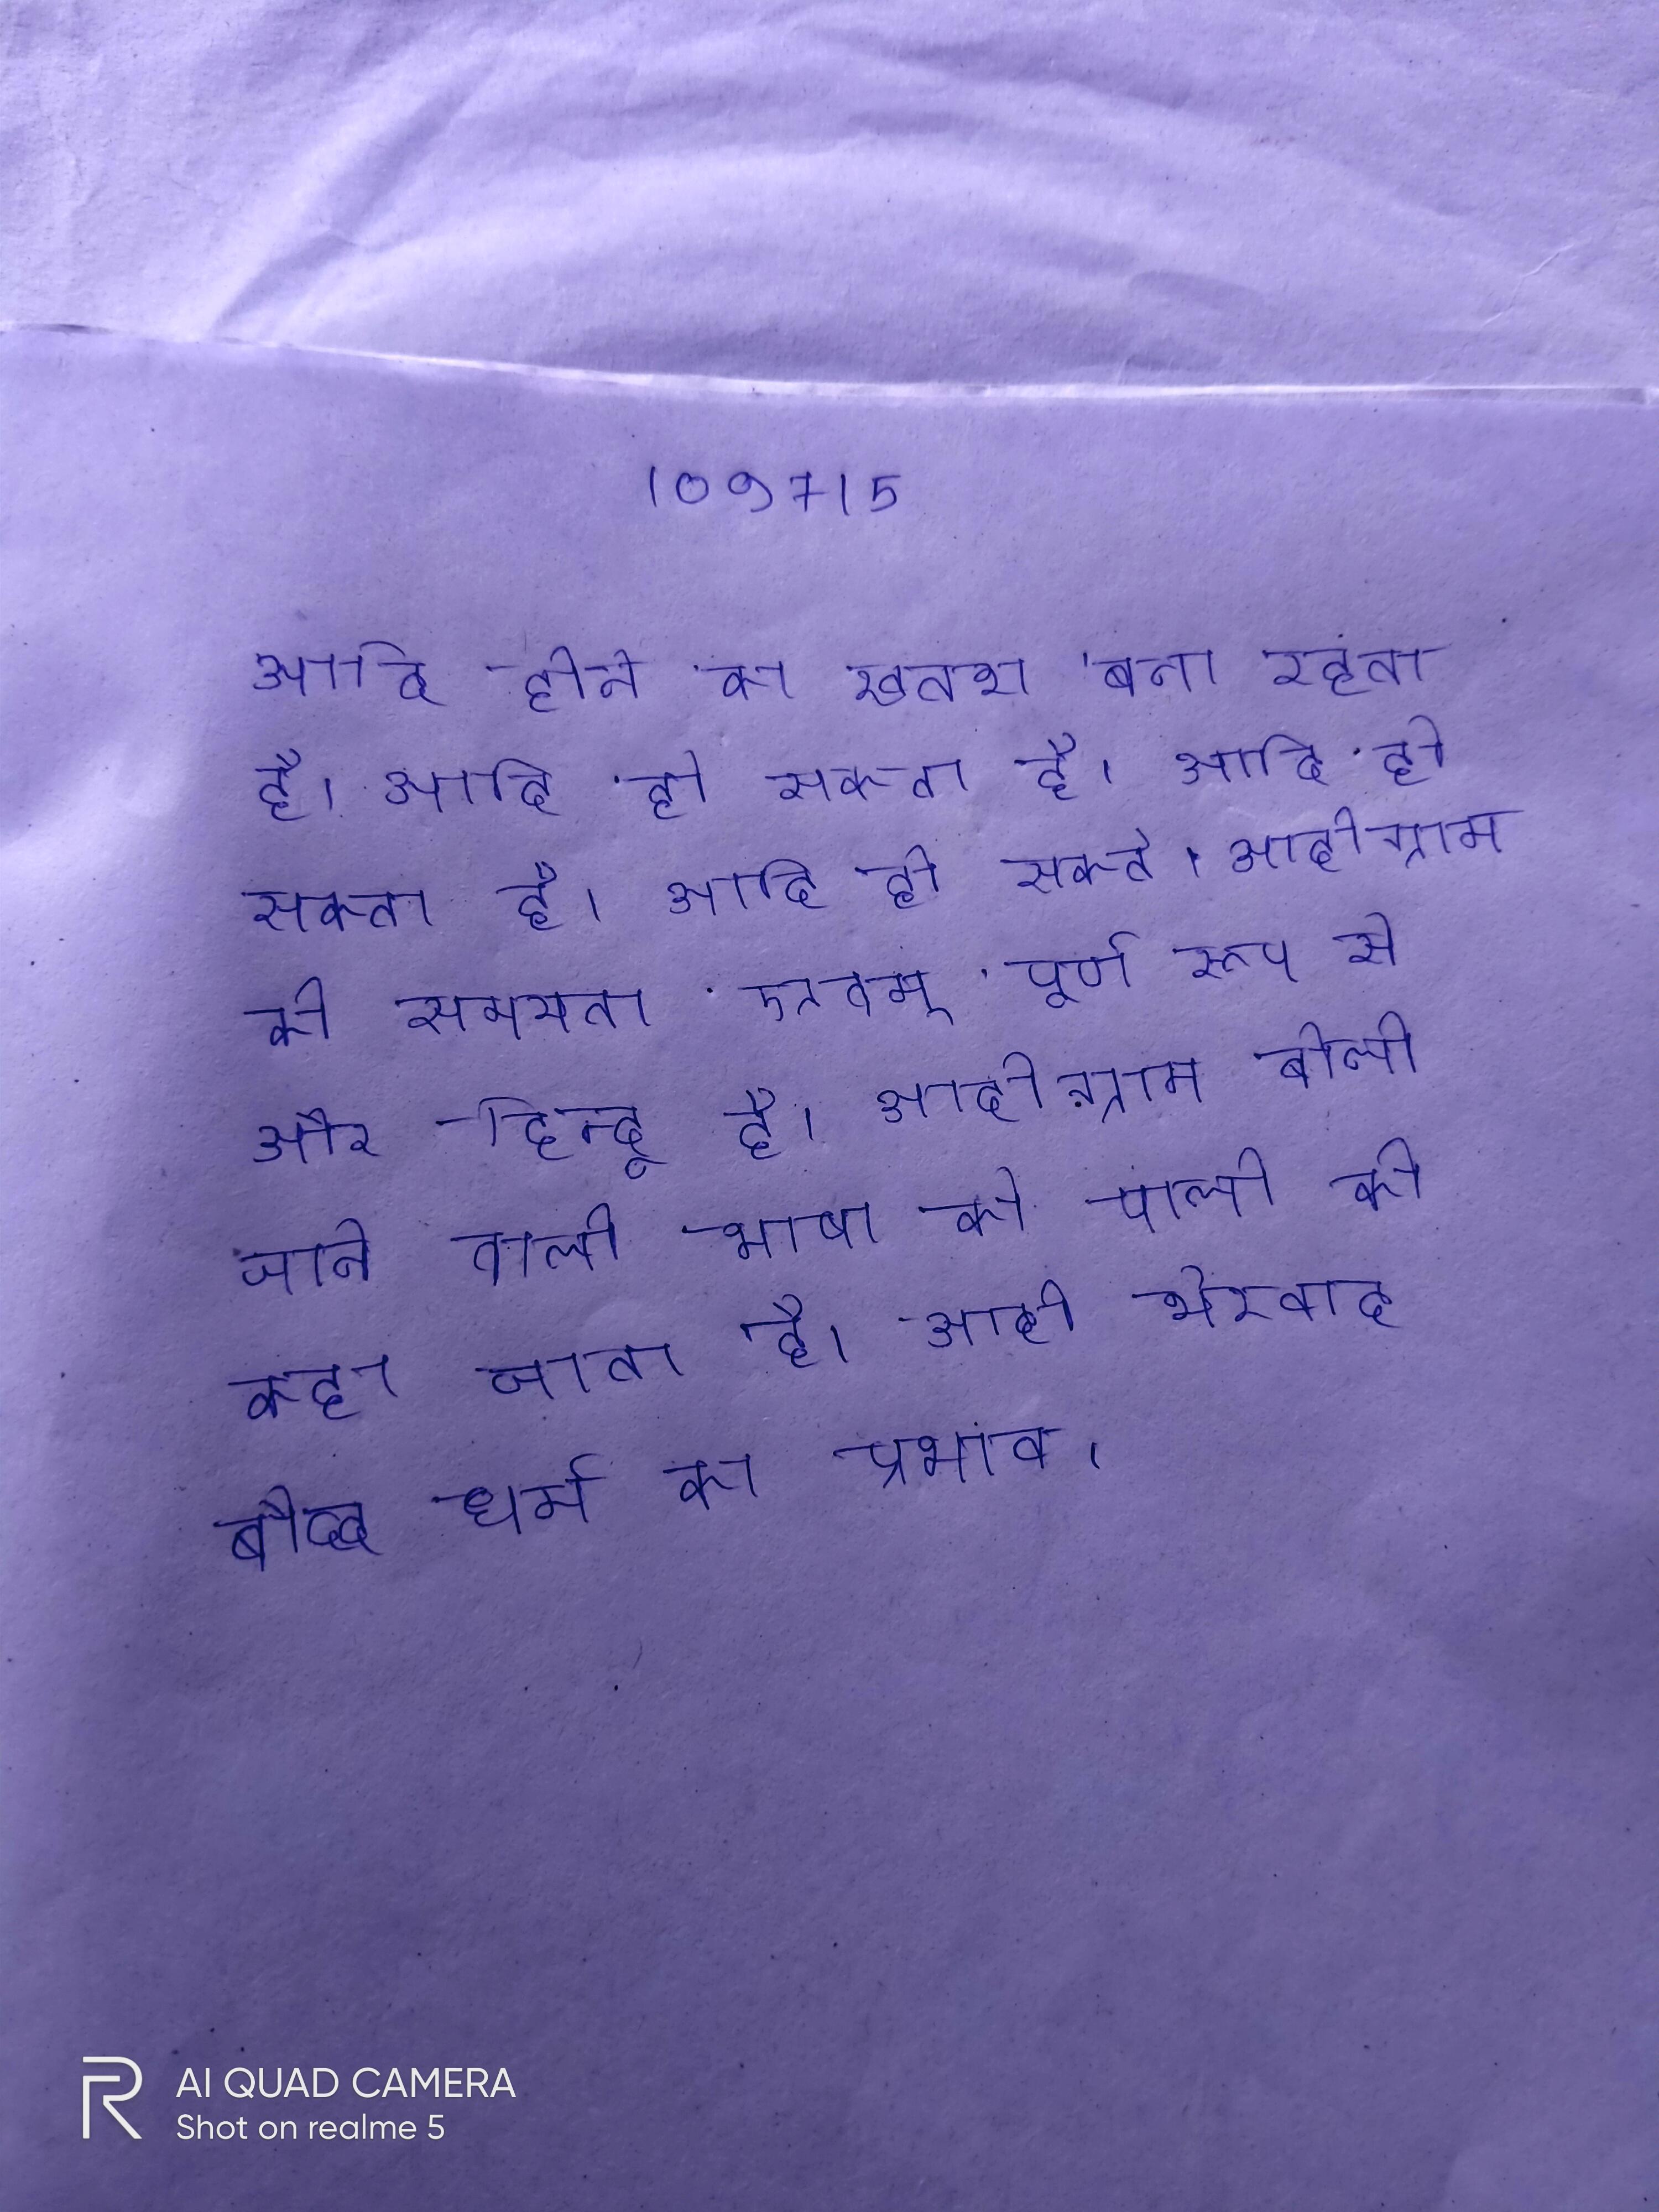
आदि होने का खतरा बना रहता है । आदि हो सकता है । आदि हो सकते । आदीग्राम की सभ्यता एवम् पूर्ण रूप से और हिन्दू है । आदीग्राम बोली जाने वाली भाषा को पाली की कहा जाता है । आदी थेरवाद बौद्ध धर्म का प्रभाव ।